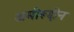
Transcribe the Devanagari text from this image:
अमीरूद्दीन